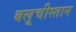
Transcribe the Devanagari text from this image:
बलूचीस्तान